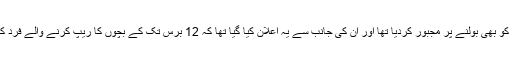
اس واقعے نے بھارتی وزیر اعظم نریندر مودی کو بھی بولنے پر مجبور کردیا تھا اور ان کی جانب سے یہ اعلان کیا گیا تھا کہ 12 برس تک کے بچوں کا ریپ کرنے والے فرد کے لیے موت کی سزا متعارف کرائی جائے گی۔